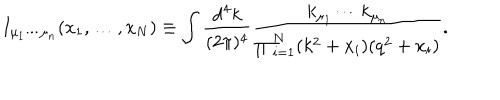
LaTeX: I _ { \mu _ { 1 } \cdots \mu _ { n } } ( x _ { 1 } , \ldots , x _ { N } ) \equiv \int \frac { \mathrm { d } ^ { 4 } k } { ( 2 \pi ) ^ { 4 } } \frac { k _ { \mu _ { 1 } } \cdots k _ { \mu _ { n } } } { \prod _ { i = 1 } ^ { N } ( k ^ { 2 } + x _ { i } ) ( q ^ { 2 } + x _ { i } ) } .